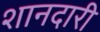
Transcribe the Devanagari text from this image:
शानदारी